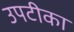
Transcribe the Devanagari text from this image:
उपटीका